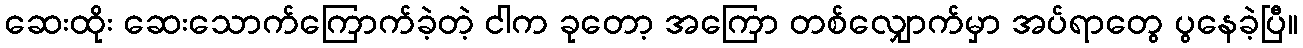
ဆေးထိုး ဆေးသောက်ကြောက်ခဲ့တဲ့ ငါက ခုတော့ အကြော တစ်လျှောက်မှာ အပ်ရာတွေ ပွနေခဲ့ပြီ။